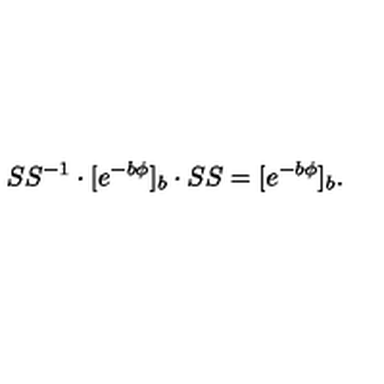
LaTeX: \SS ^ { - 1 } \cdot [ e ^ { - b \phi } ] _ { b } \cdot \SS = [ e ^ { - b \phi } ] _ { b } .